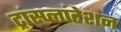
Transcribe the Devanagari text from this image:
ट्रांस्प्लांटेशन